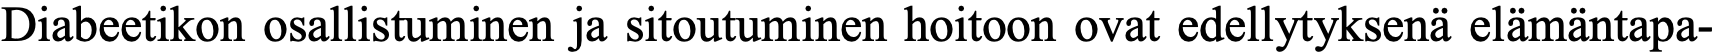
Diabeetikon osallistuminen ja sitoutuminen hoitoon ovat edellytyksenä elämäntapa-